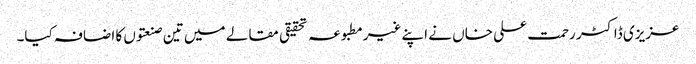
عزیزی ڈاکٹر رحمت علی خاں نے اپنے غیرمطبوعہ تحقیقی مقالے میں تین صنعتوں کا اضافہ کیا۔